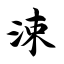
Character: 涑